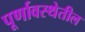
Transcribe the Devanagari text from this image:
पूर्णावस्थेतील